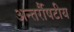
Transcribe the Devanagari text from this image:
अन्तर्रौषटीय